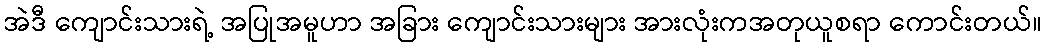
အဲဒီ ကျောင်းသားရဲ့ အပြုအမူဟာ အခြား ကျောင်းသားများ အားလုံးကအတုယူစရာ ကောင်းတယ်။